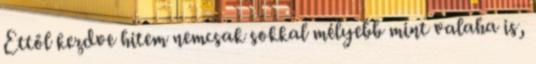
Ettől kezdve hitem nemcsak sokkal mélyebb mint valaha is,